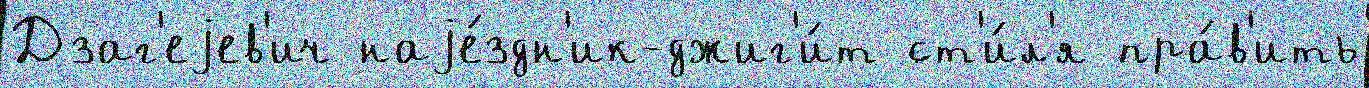
Дзаг'еjев'ич наjе́здн'ик-джиг'и́т ст'и́л'я пра́в'ить